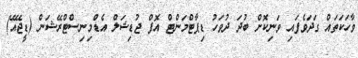
ވާހަކަތައް ގަދަވެފައި ވަނިކޮށް ބުދަ ދުވަހު ޑިޕާޓްމަންޓް އޮފް ޖުޑިޝަލް އެޑްމިނިސްޓްރޭޝަން (ޑީޖޭއޭ)